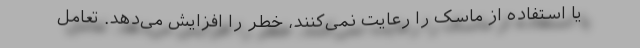
یا استفاده از ماسک را رعایت نمی‌کنند، خطر را افزایش می‌دهد. تعامل